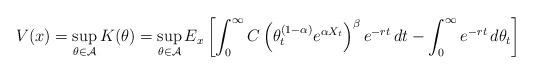
\begin{align*}V(x)=\sup_{\theta\in\mathcal{A}}K(\theta) = \sup_{\theta \in\mathcal{A}}E_x \left[\int_{0}^{\infty}C\left(\theta_t^{(1-\alpha)}e^{\alpha X_t}\right)^{\beta}e^{-rt}\,dt -\int_{0}^{\infty}e^{-rt}\,d\theta_{t}\right] \end{align*}